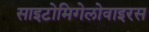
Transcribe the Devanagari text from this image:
साइटोमिगेलोवाइरस